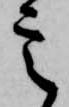
定